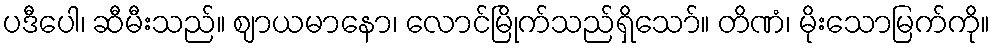
ပဒီပေါ၊ ဆီမီးသည်။ ဈာယမာနော၊ လောင်မြိုက်သည်ရှိသော်။ တိဏံ၊ မိုးသောမြက်ကို။